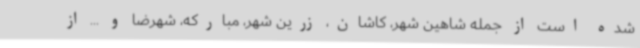
شده است از جمله شاهین شهر، کاشان، زرین شهر، مبارکه، شهرضا و ... از